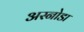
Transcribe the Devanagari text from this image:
अस्नोडा